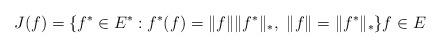
LaTeX: \begin{align*} J(f) = \{ f^*\in E^* : f^* (f)= \Vert f \Vert \Vert f^* \Vert_{*},\ \Vert f \Vert =\Vert f^* \Vert_{*} \} f\in E \end{align*}